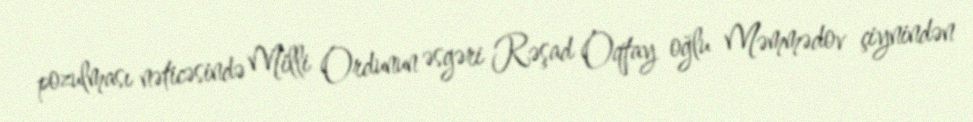
pozulması nəticəsində Milli Ordunun əsgəri Rəşad Oqtay oğlu Məmmədov çiynindən